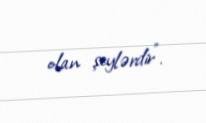
olan şeylərdir”.